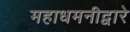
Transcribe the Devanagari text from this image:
महाधमनीद्वारे